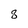
Character: 8